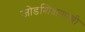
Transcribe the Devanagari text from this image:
जोडशिक्षणाची